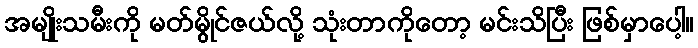
အမျိုးသမီးကို မတ်မွိုင်ဇယ်လို့ သုံးတာကိုတော့ မင်းသိပြီး ဖြစ်မှာပေါ့။